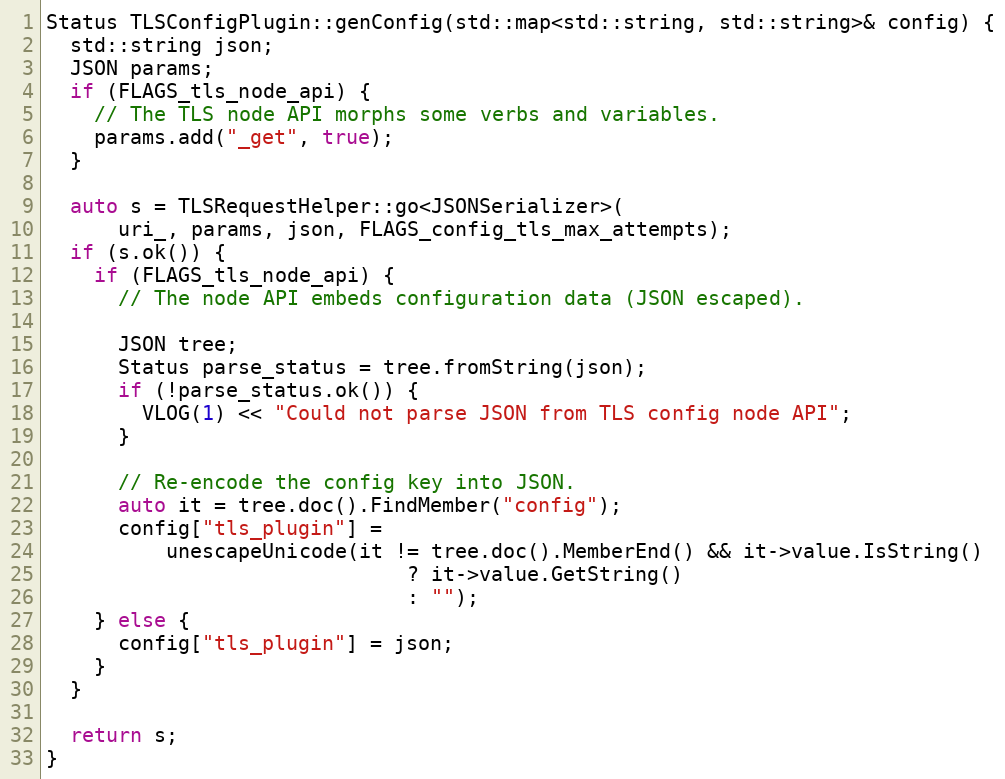
Language: C++
Status TLSConfigPlugin::genConfig(std::map<std::string, std::string>& config) {
  std::string json;
  JSON params;
  if (FLAGS_tls_node_api) {
    // The TLS node API morphs some verbs and variables.
    params.add("_get", true);
  }

  auto s = TLSRequestHelper::go<JSONSerializer>(
      uri_, params, json, FLAGS_config_tls_max_attempts);
  if (s.ok()) {
    if (FLAGS_tls_node_api) {
      // The node API embeds configuration data (JSON escaped).

      JSON tree;
      Status parse_status = tree.fromString(json);
      if (!parse_status.ok()) {
        VLOG(1) << "Could not parse JSON from TLS config node API";
      }

      // Re-encode the config key into JSON.
      auto it = tree.doc().FindMember("config");
      config["tls_plugin"] =
          unescapeUnicode(it != tree.doc().MemberEnd() && it->value.IsString()
                              ? it->value.GetString()
                              : "");
    } else {
      config["tls_plugin"] = json;
    }
  }

  return s;
}